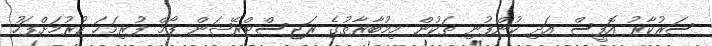
ސަރުކާރު އޮފީސް އަދި ކުންފުނި ތަކުން މިމުބާރާތުގެ ރަޖިސްޓްރޭޝަން ފޯމް ފުރިމަހަ ކުރުމަށްފަހު